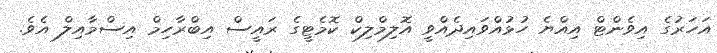
އަހަރުގެ އިވެންޓް އިއްޔެ ހުޅުއްވައިދެއްވީ އޮލިމްލިކް ކޮމެޓީގެ ރައީސް އިބްރާހިމް އިސްމާއިލް އެވެ.